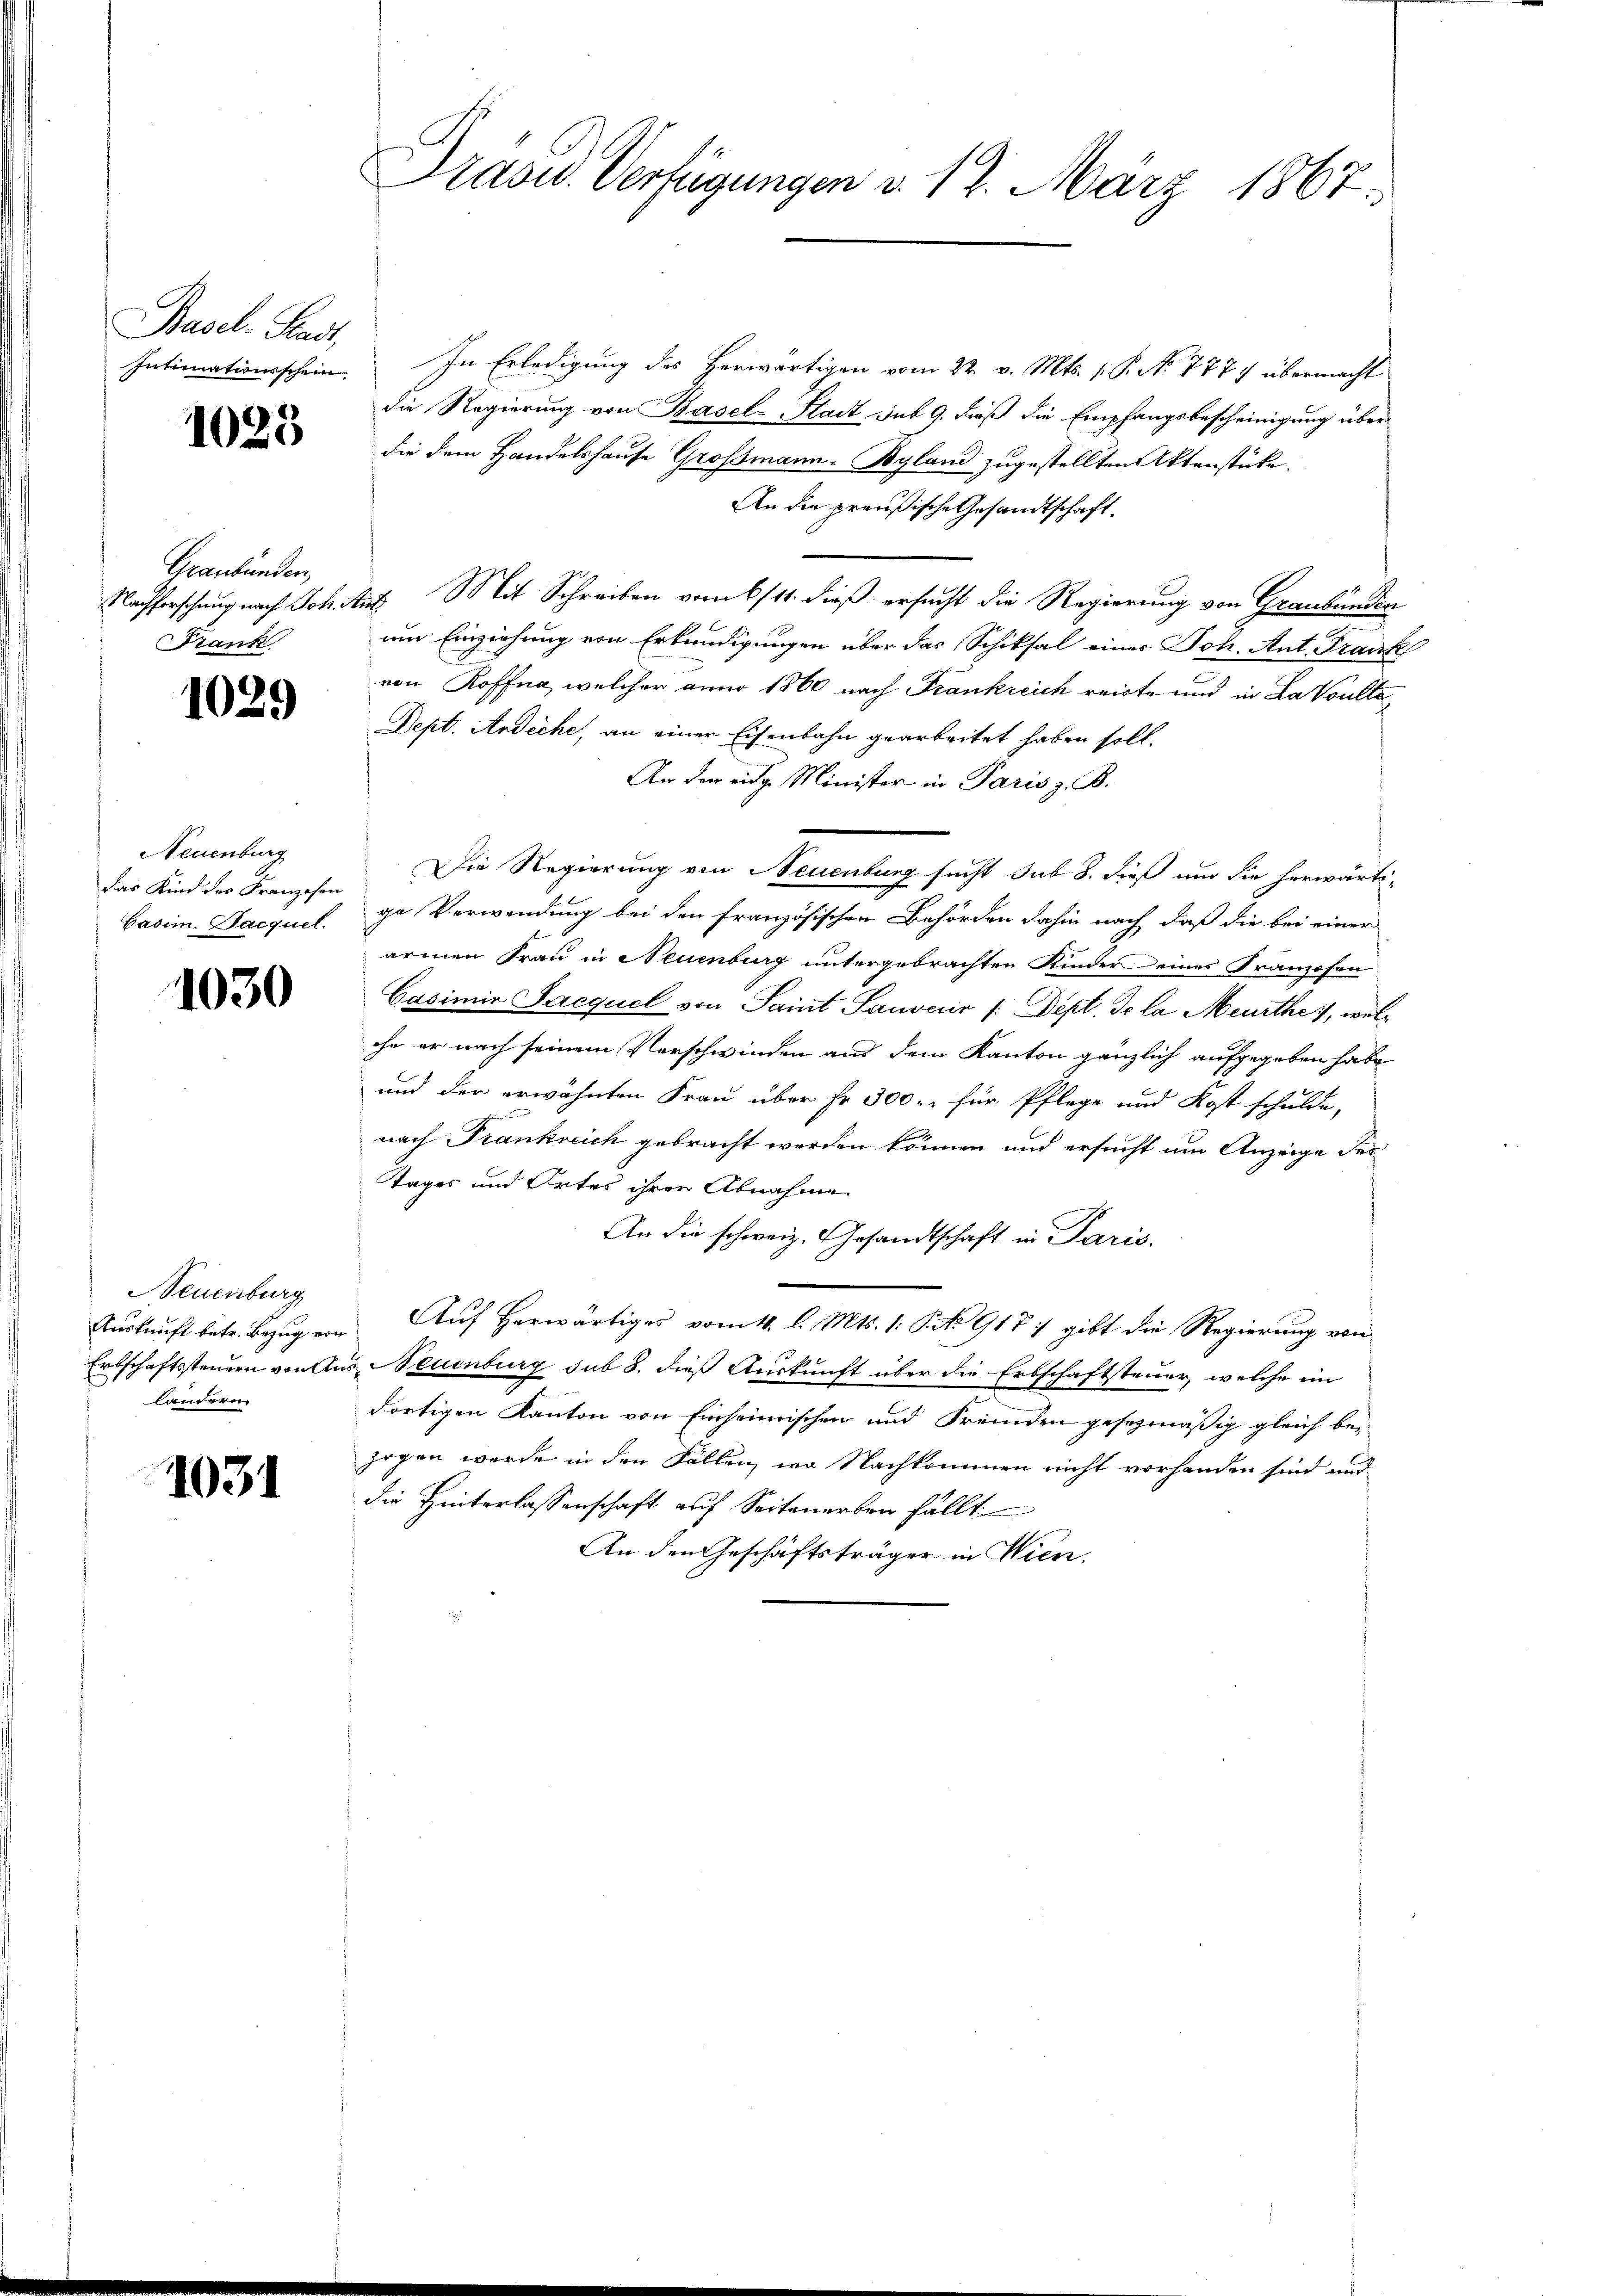
Basel-Stadt,

1025

Graubünden,
Frank

1029

Neuenburg
das Kind des Franzosen
Casim. Sacquel

1030

Neuenburg
Auskunft betr. Bezug von
Ertschaftssteuern von A
landern.

1031

Präsid. Verfügungen v. 12. März 1867.

Intimationsschein. In Erledigung des Herwärtigen vom 22. v. Mts. (: P. No 777. übermacht
die Regierung von Basel-Stadt, sub 9. dieß die Empfangsbescheinigung über
die dem Handelshause Grossmann-Byland zugestellten Aktenstücke.
An die preußische Gesandtschaft.
Nachforschung nach Joh. Mit Mit Schreiben vom 6./11. dieß ersucht die Regierung von Graubünden
um Einziehung von Erkundigungen über das Schiksal eines Joh. Ant. Frank
von Roffna, welcher anno 1860 nach Frankreich reicte und in LaVoulte¬
Dept. Ansiche, an einer Eisenbahn gearbeitet haben soll.
An der einge Minister in Paris z. B.
Die Regierung von Neuenburg sucht sub 8. dieß um die herwärtige Verwendung bei den französischen Behörden dahin nach, daß die bei einer
armen Frau in Neuenburg untergebrachten Kinder eines Franzosen
Casimir Jacquel von Saint Sauver /: Dept, de la Meurthe, welc
che er nach seinem Verschwinden aus dem Kanton gänzlich aufgegeben habe
und der erwähnten Frau über Fr. 300. für Pflege und Kost schulde,
nach Frankreich gebracht werden können und ersucht um Anzeige der
Tages und Ortes ihrer Abnahme
An die schweiz. Gesandtschaft in Paris.
Auf Herwärtiges vom 1. l. Mts. 1. P. Nr. 918 :/ gibt die Regierung von
u. Neuenburg sub 8. dieß Auskunft über die Erbschaftsteuer, welche im
dortigen Kanton von Einheimischen und Fremden gesezmäßig gleich bezogen werde in den Fällen, wo Nachkommen nicht vorhanden sind und
die Hinterlassenschaft auf Seitenerben fällt
An den Geschäftsträger in Wien.